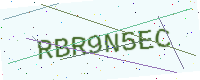
Text: RBR9N5EC